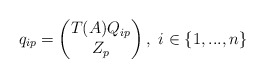
\begin{align*}q_{ip}=\begin{pmatrix}T(A)Q_{ip}\\Z_{p}\end{pmatrix},\textrm{ }i\in\{1,...,n\}\end{align*}